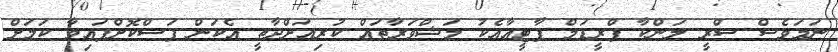
ނަމަވެސް ސްރީ ލަންކާ ފްރީޑަމް ޕާޓީއާއެކު މަޝްވަރާތައް ކުރިއަށްދާތީ އެކަން ފަސްކޮށްފައިވާ ކަމަށް